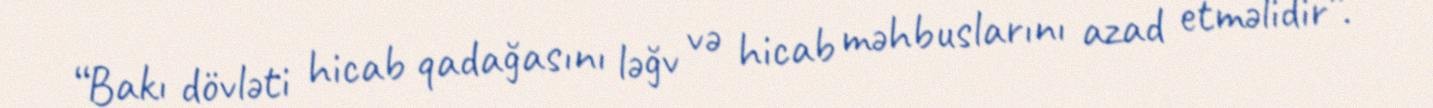
“Bakı dövləti hicab qadağasını ləğv və hicab məhbuslarını azad etməlidir”.